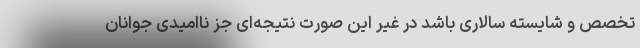
تخصص و شایسته سالاری باشد در غیر این صورت نتیجه‌ای جز ناامیدی جوانان